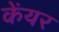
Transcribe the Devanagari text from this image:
केंयर